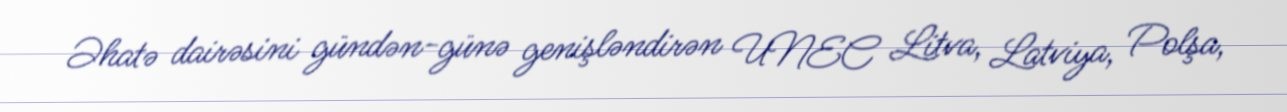
Əhatə dairəsini gündən-günə genişləndirən UNEC Litva, Latviya, Polşa,